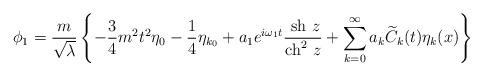
LaTeX: \begin{align*} \phi _1 = \frac {m}{\sqrt\lambda} \left\{ - \frac {3}{4} m^2 t^2 {\eta }_0 - \frac {1}{4 } {\eta }_{k{_0}} + a_1 e^{i \omega _1 t} \frac {~{\rm {sh}}~z}{{\rm {ch}}^2~z} + \sum _{k=0}^{\infty} a_k {\widetilde C}_k(t) \eta_k (x)\right\}\end{align*}